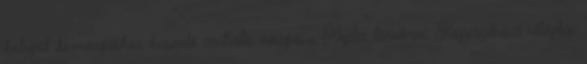
bolygók körmozgáshoz hasonló centrális mozgása, Kepler törvényei. Kopernikuszi világkép